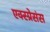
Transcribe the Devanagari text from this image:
एक्स्प्रेसंस